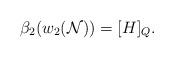
LaTeX: \begin{align*}\beta_2(w_2({\cal N}))=[H]_Q. \end{align*}